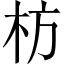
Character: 枋